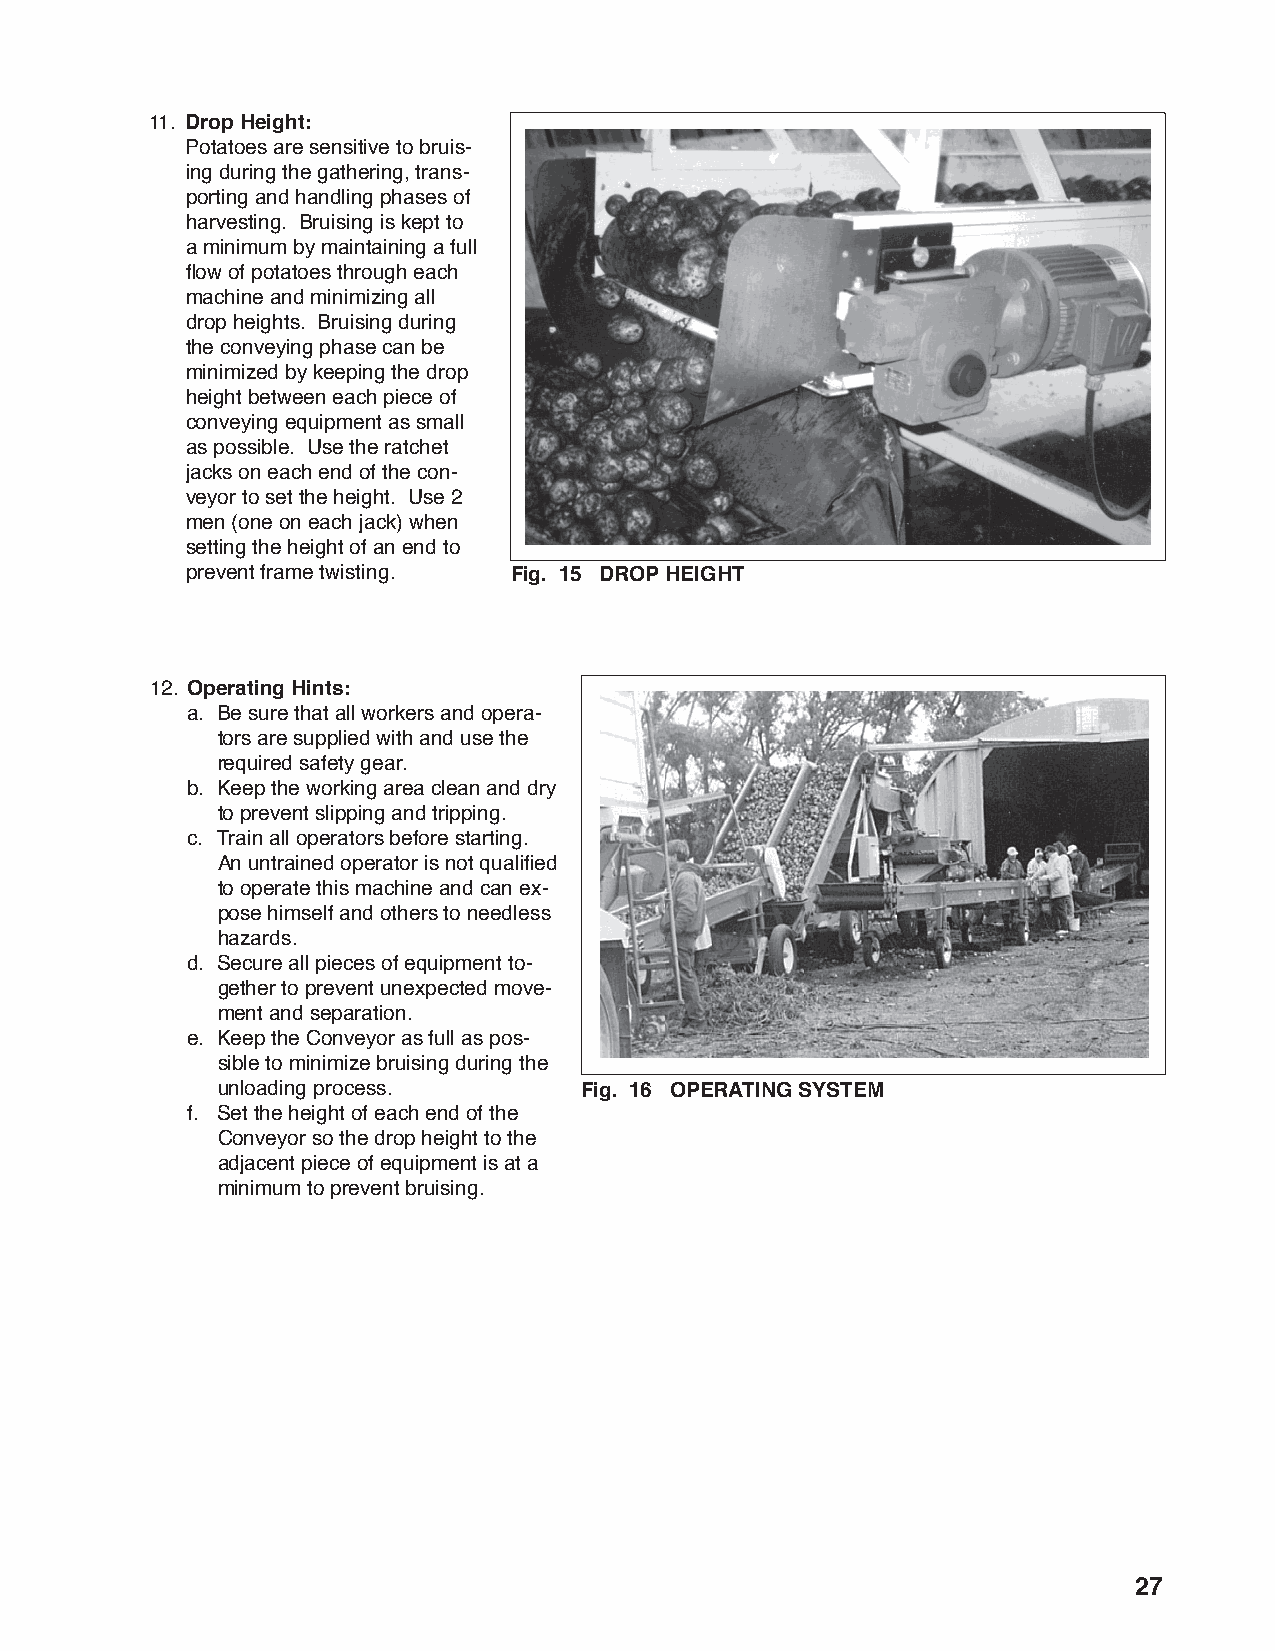
11. Drop Height:
 Potatoes are sensitive to bruis-
 ing during the gathering, trans-
 porting and handling phases of
 harvesting. Bruising is kept to
 a minimum by maintaining a full
 fl ow of potatoes through each
 machine and minimizing all
 drop heights. Bruising during
 the conveying phase can be
 minimized by keeping the drop
 height between each piece of
 conveying equipment as small
 as possible. Use the ratchet
 jacks on each end of the con-
 veyor to set the height. Use 2
 men (one on each jack) when
 setting the height of an end to
 prevent frame twisting. Fig. 15 DROP HEIGHT
 12. Operating Hints:
 a. Be sure that all workers and opera-
 tors are supplied with and use the
 required safety gear.
 b. Keep the working area clean and dry
 to prevent slipping and tripping.
 c. Train all operators before starting.
 An untrained operator is not qualifi ed
 to operate this machine and can ex-
 pose himself and others to needless
 hazards.
 d. Secure all pieces of equipment to-
 gether to prevent unexpected move-
 ment and separation.
 e. Keep the Conveyor as full as pos-
 sible to minimize bruising during the
 unloading process.      Fig. 16 OPERATING SYSTEM
 f. Set the height of each end of the
 Conveyor so the drop height to the
 adjacent piece of equipment is at a
 minimum to prevent bruising.
 27